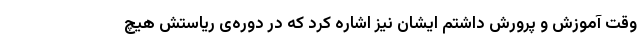
وقتِ آموزش و پرورش داشتم ایشان نیز اشاره کرد که در دوره‌ی ریاستش هیچ